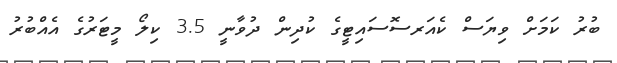
ބުރު ކަމަށް ވިޔަސް ކެއަރސޮސައިޓީގެ ކުދިން ދުވާނީ 3.5 ކިލޯ މީޓަރުގެ އެއްބުރު